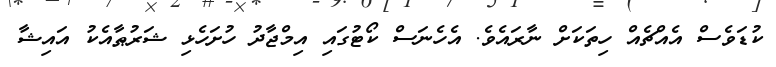
ކުޑަވެސް އެއްޗެއް ހިތަކަށް ނާރައެވެ. އެހެނަސް ކޯޓުގައި އިމްޖާދު ހުށަހެޅި ޝަރުޠާއެކު އައިޝާ